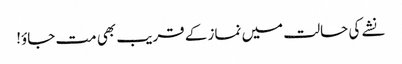
نشے کی حالت میں نماز کے قریب بھی مت جاؤ!